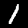
Digit: 1